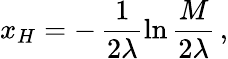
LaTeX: x_{H}=-\, \frac{1}{2\lambda}\ln\frac{M}{2\lambda}\, ,